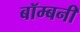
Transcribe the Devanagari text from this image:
बॉम्बनी